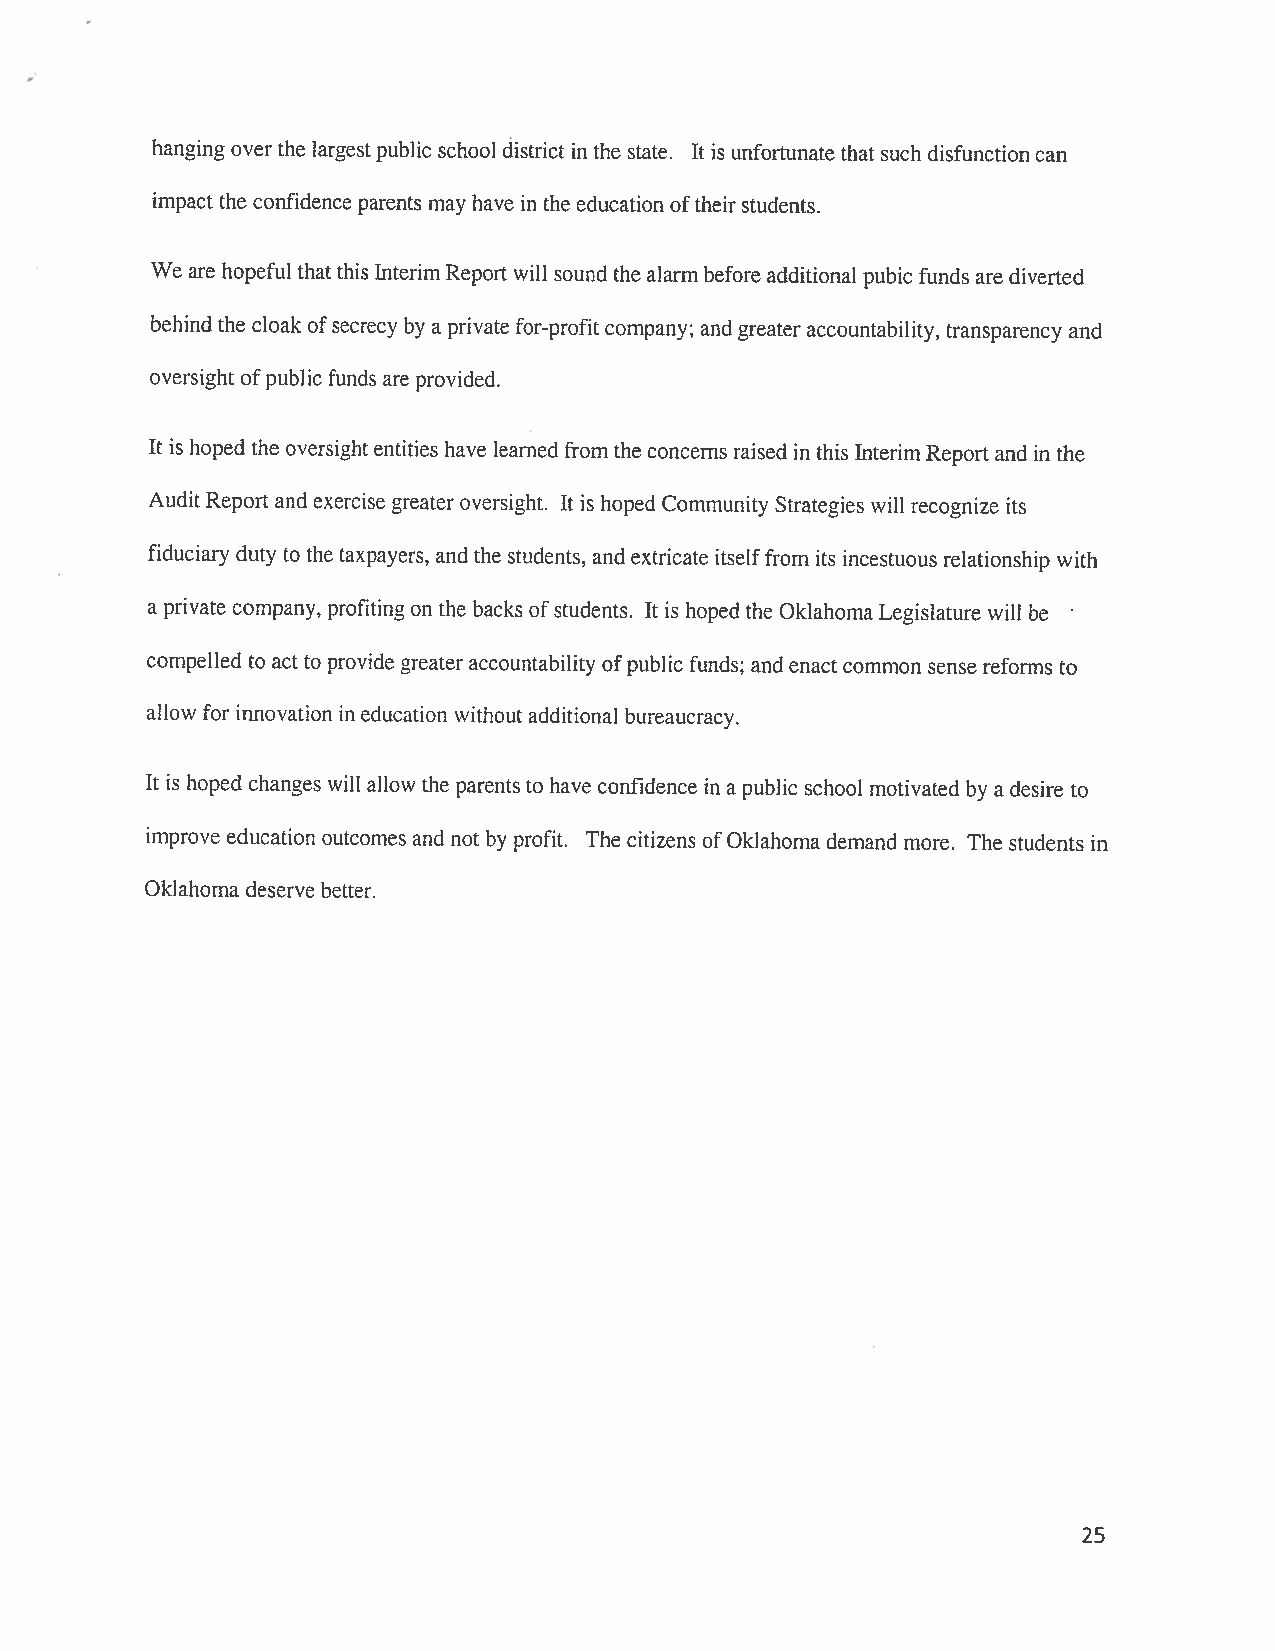
hanging over the largestpublic school district in the state. It is unfortunate that such disfunctioncan
 impact the confidence parents may have in the education oftheir students.
 We are hopeful thatthis InterimReport will sound the alarm before additional pubic funds are diverted
 behind the cloak ofsecrecy by a private for-profitcompany and greater accountability, transparency and
 oversight ofpublic funds are provided.
 It is hoped the oversight entities have learned from the concerns raised in this Interim Report and in the
 Audit Report and exercise greater oversight. It is hoped Community Strategies will recognize its
 fiduciary duty to the taxpayers, and the students, and extricate itselffrom its incestuous relationship with
 a private company, profiting on the backs ofstudents. It is hoped the OklahomaLegislature will be
 compelled to act to provide greater accountability ofpublic funds; and enact common sense reforms to
 allow for innovation in education without additional bureaucracy.
 It is hoped changes will allow the parents to have confidence in a public school motivated by a desire to
 improve education outcomes and not by profit. The citizens ofOklahoma demand more. The students in
 Oklahoma deserve better.
 25